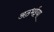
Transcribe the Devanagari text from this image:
अठभईया